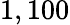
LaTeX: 1,100